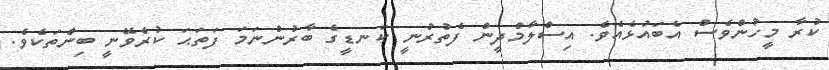
ކުރާ މީހުންވެސް އެބައުޅެއެވެ. އިސްލާމްދީން ފެތުރުނީ ކަނޑީގެ ބާރުންނަމަ ފަތަޙަ ކުރެވޭނީ ބިންތަކެވެ.